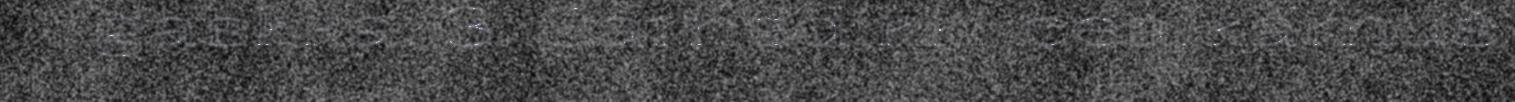
gaskka. 3. Sámedikki cealkámuš